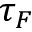
\tau _ { F }